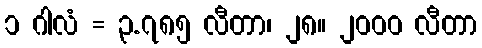
၁ ဂါလံ = ၃.၇၈၅ လီတာ၊ ၂၈။ ၂၀၀၀ လီတာ